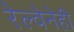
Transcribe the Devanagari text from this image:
रेल्वेनेही